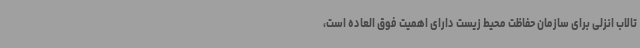
تالاب انزلی برای سازمان حفاظت محیط زیست دارای اهمیت فوق العاده است،